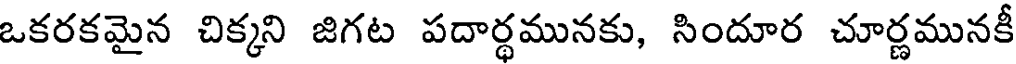
ఒకరకమైన చిక్కని జిగట పదార్ధమునకు, సిందూర చూర్ణమునకీ